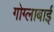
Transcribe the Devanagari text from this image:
गोग्लाबाई